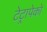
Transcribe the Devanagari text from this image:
टेट्रापेको